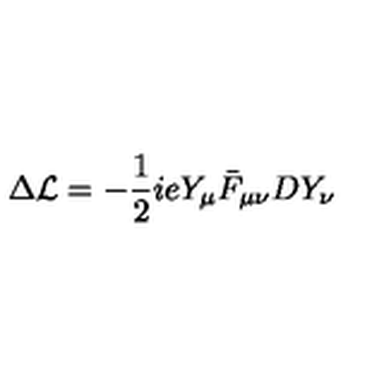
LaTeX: \Delta { \cal L } = - { \frac { 1 } { 2 } } i e Y _ { \mu } \bar { F } _ { \mu \nu } D Y _ { \nu } \,